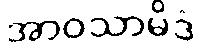
အာဝသာမိဒံ